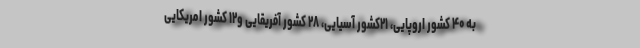
به ۴۰ کشور اروپایی، ۲۱کشور آسیایی، ۲۸ کشور آفریقایی و۱۲ کشور امریکایی